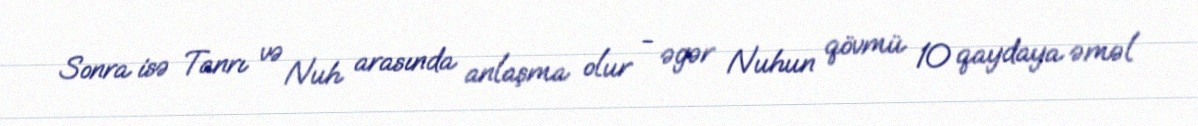
Sonra isə Tanrı və Nuh arasında anlaşma olur - əgər Nuhun qövmü 10 qaydaya əməl